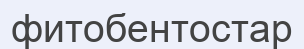
фитобентостар